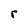
Character: r